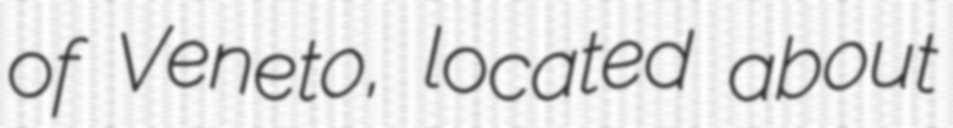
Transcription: of Veneto, located about